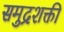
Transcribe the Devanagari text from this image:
समुद्रशक्ती